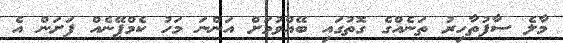
މާލެ ސާފުތާހިރު ތަނެއްގެ ގޮތުގައި ބޭއްވުމަށް އަންނަ މަހު ކެމްޕޭނެއް ފަށަން އެ